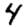
Digit: 4